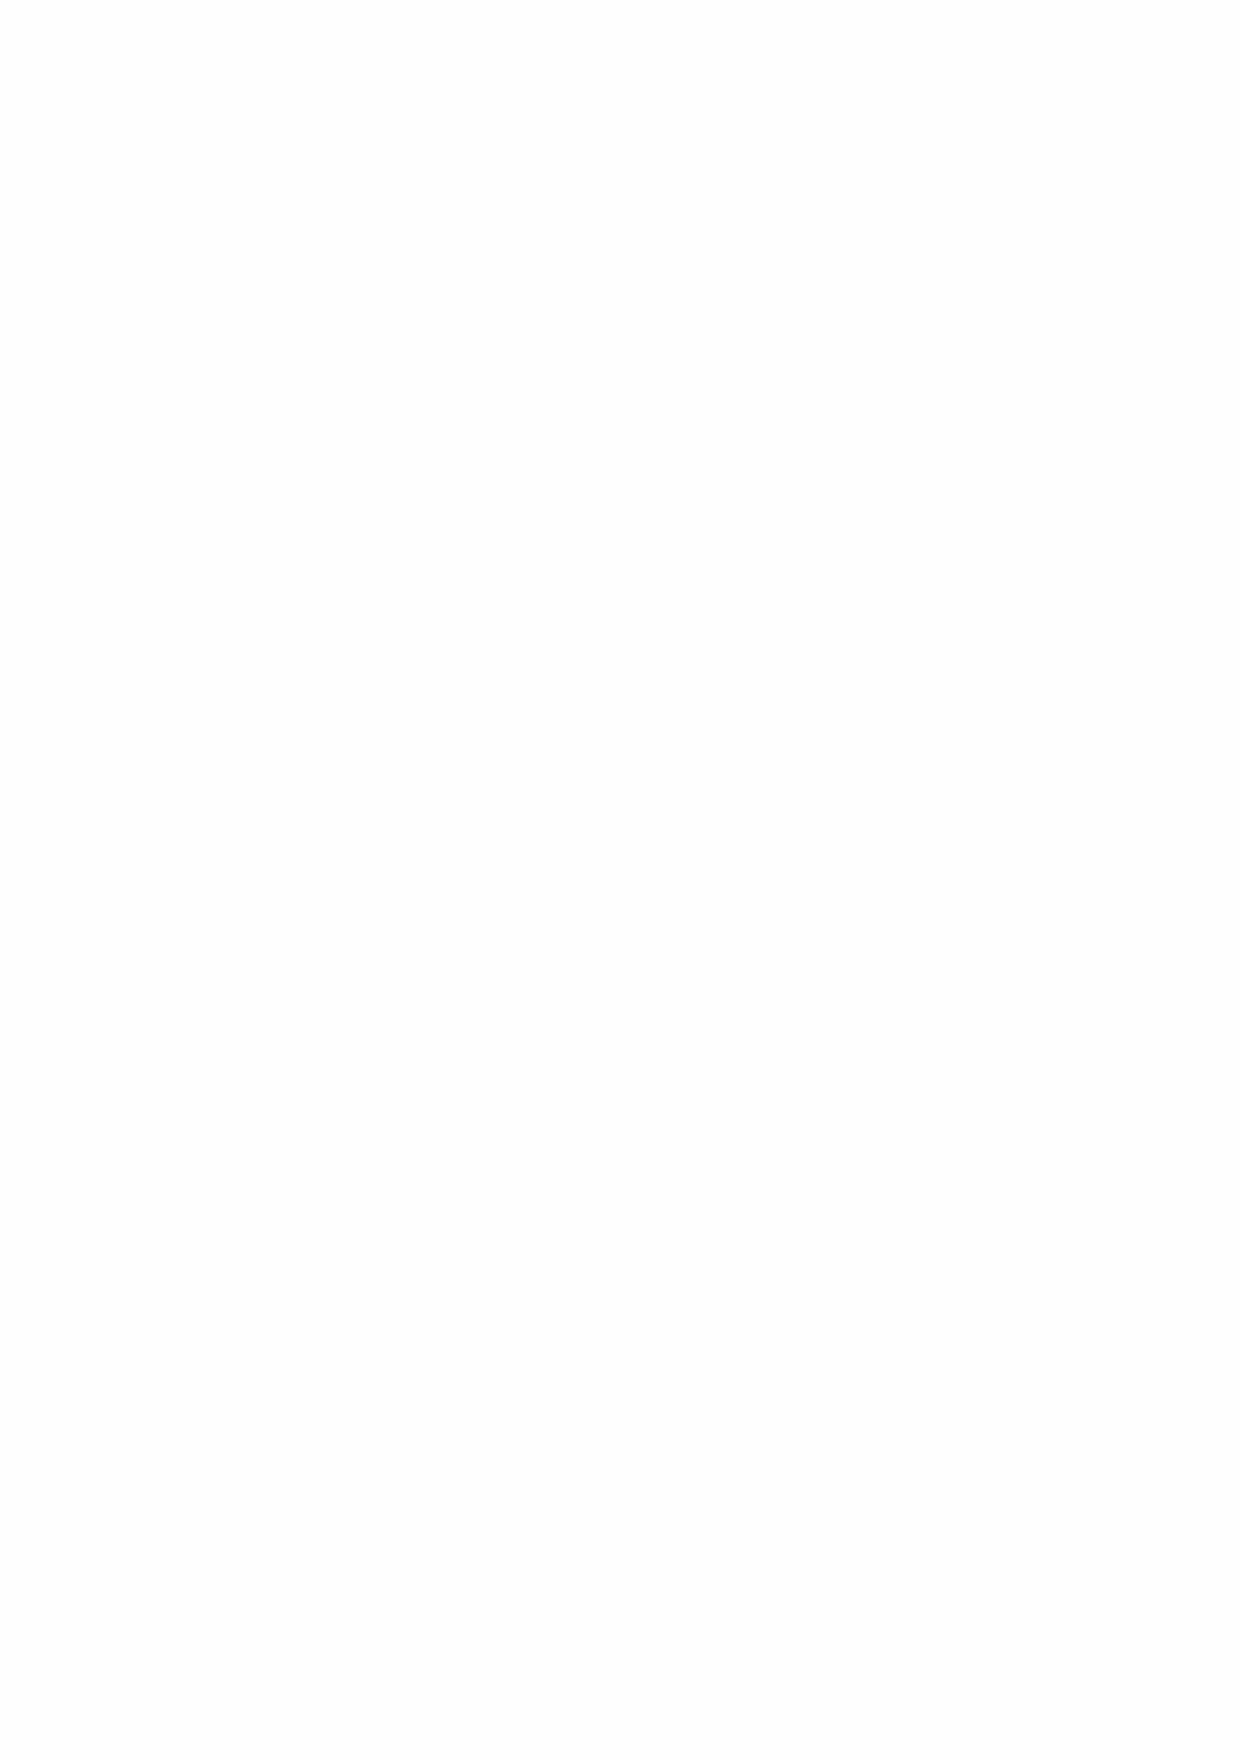
3.1.2 Education Grants (2020: £0.3m, 2019: £0.2m)
 The Hospital provides grants for education and training. This includes grants paid via case working
 charities to veterans needing employment related training, bursaries for students from Naval
 Families and support to the Sea Cadets.
 3.1.3 Greenwich Hospital Grants Paid via Royal Navy & Royal Marines Charity (2020:
 £1.4m, 2019: £1.4m)
 The Hospital led the establishment of RNRMC as an umbrella charity for smaller Naval Charities
 and continues to support it.
 A large part of the Hospital’s charitable funding for Naval benevolence is made by the Greenwich
 Hospital Grant through RNRMC for allocation and distribution via the RNRMC Through Life
 Pathway Committee.
 In 2020 the RNRMC allocated £3.1m (2019: £2.6m) of grants to charities as shown in the table
 below. £1.4m (2019: £1.4m) of this funding came from Greenwich Hospital.
 Organisation      Amount Organisation     Amount
 £m                      £m
 RN&RMCF              0.5 Sub-total brought forward 1.9
 RNBT - Block Grant   0.4 The Poppy Factory   0.1
 Kings Foundation     0.2 Care for Veterans   0.1
 Gosport Schools      0.2 Aggie Westons       0.1
 Sailor's Childrens Society 0.2 DMWS          0.1
 Veterans Outreach Support 0.1 RFEA           0.1
 Relate               0.1 Veterans Aid        0.1
 SSAFA                0.1 RMA:TRMC            0.1
 Home Start UK        0.1 RBLI - RBLI Village 0.1
 Sub-total carried forward 1.9 Other (<£0.1m) 0.4
 Total               3.1
 3.1.4 Jellicoe Regular Charitable Payments (RCP) (2020: £0.9m, 2019: £0.9m)
 Greenwich Hospital provided £0.9m (2019: £0.9m) to the Royal Navy Benevolent Trust to fund
 Jellicoe RCPs. RCPs are paid quarterly to assist members of the RNBT Family on very low
 incomes. These payments are available to all irrespective of age and new awards can be either
 £21 or £30 per week.
 3.1.5 Charitable Targets
 The Hospital reports expenditure and outputs across six broadly defined categories, which reflect
 the breadth and diversity of Greenwich Hospitals charitable remit. These are:
 •  Employment/Training
 •  Education
 •  Health and Wellbeing
 •  Debt Management
 •  Housing
 •  Welfare
 The Hospital continues to work on the objectives set in 2019/20 and is enhancing reporting of
 charitable activities. At a top level, reporting is primarily around numbers helped. Individual
 projects are asked to provide more informative impact reporting where possible.
 12